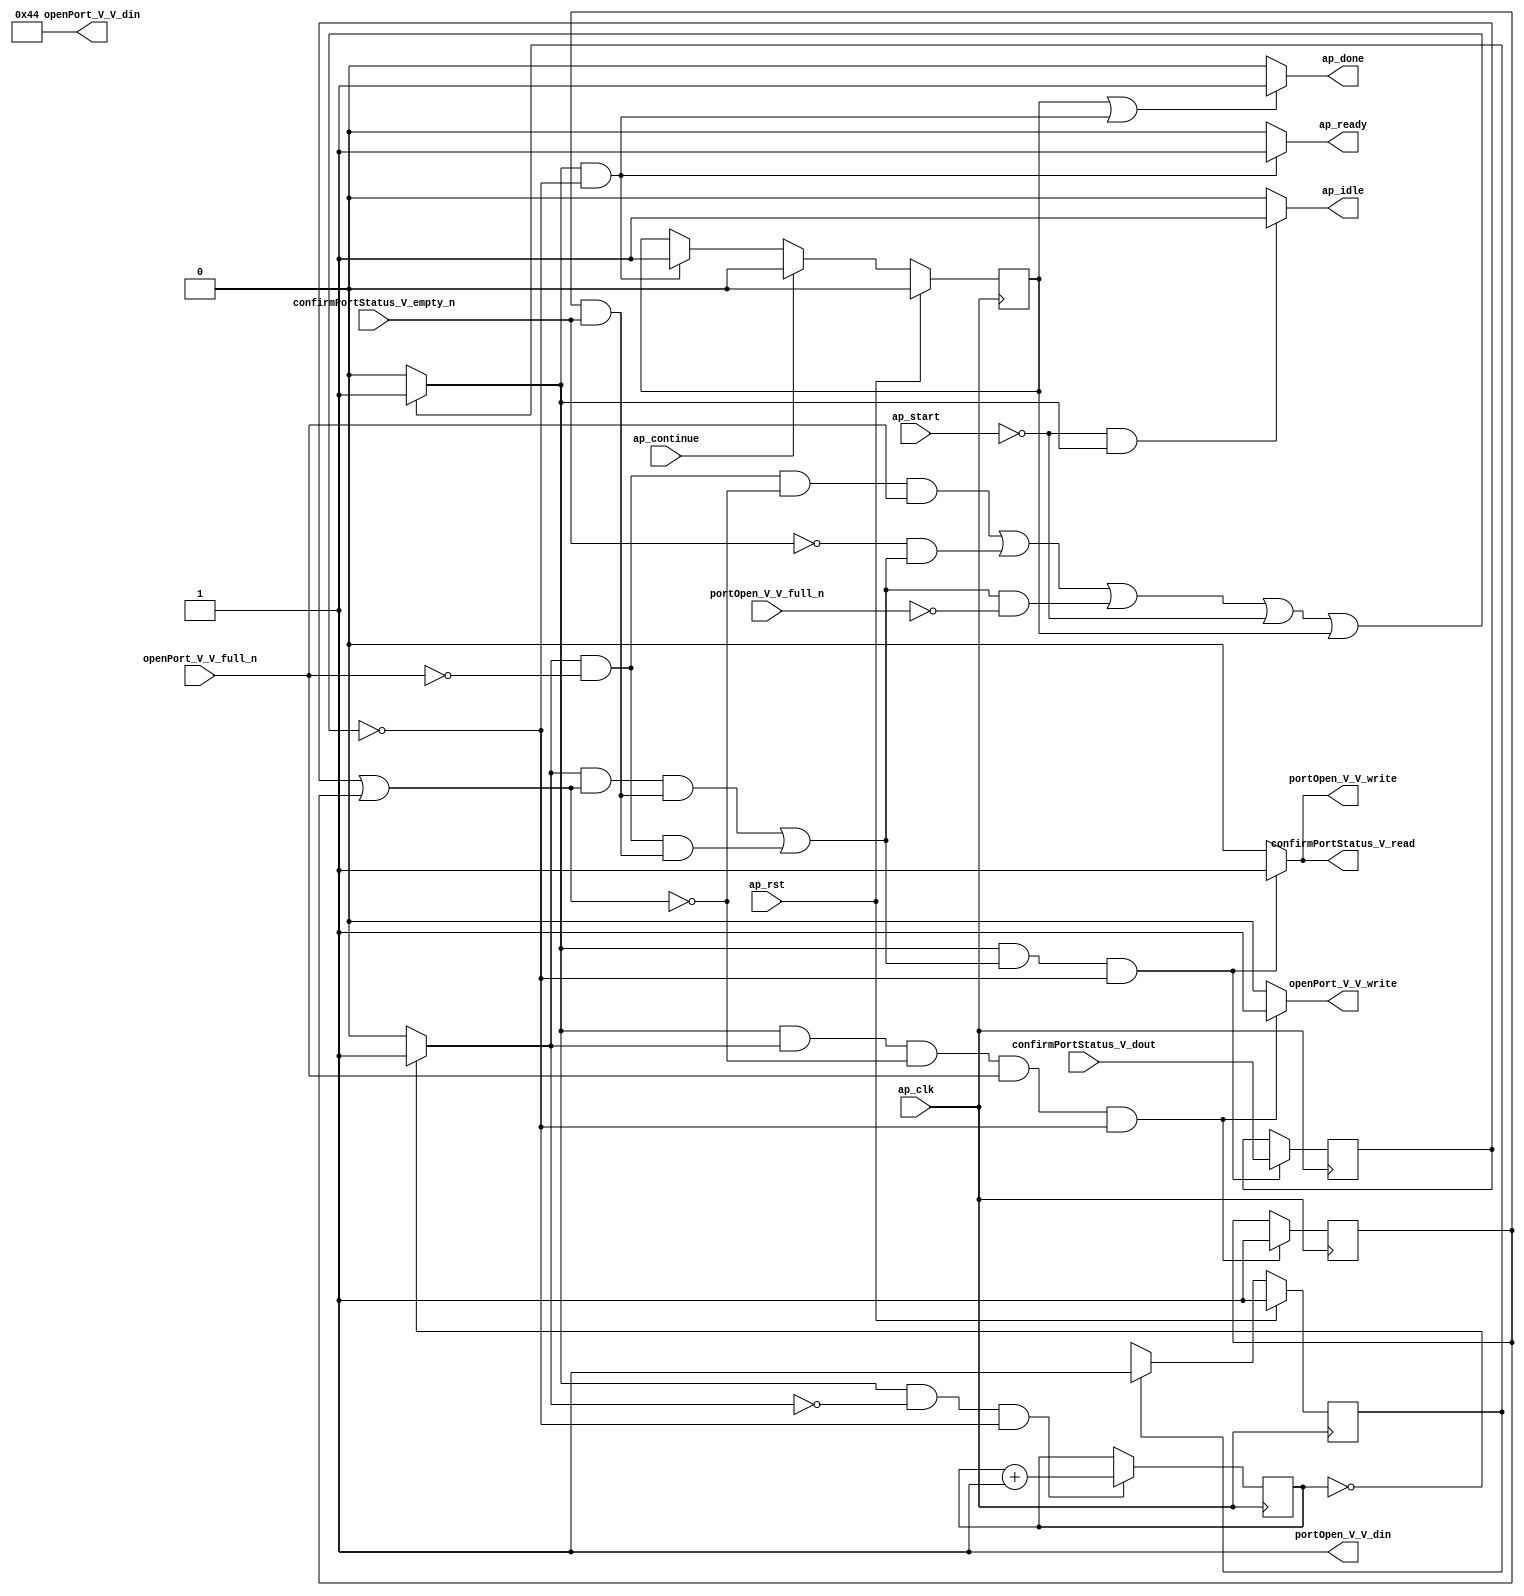
// ==============================================================
// RTL generated by Vivado(TM) HLS - High-Level Synthesis from C, C++ and SystemC
// Version: 2015.1
// Copyright (C) 2015 Xilinx Inc. All rights reserved.
// 
// ===========================================================

`timescale 1 ns / 1 ps 

module dhcp_client_open_dhcp_port (
        ap_clk,
        ap_rst,
        ap_start,
        ap_done,
        ap_continue,
        ap_idle,
        ap_ready,
        openPort_V_V_din,
        openPort_V_V_full_n,
        openPort_V_V_write,
        confirmPortStatus_V_dout,
        confirmPortStatus_V_empty_n,
        confirmPortStatus_V_read,
        portOpen_V_V_din,
        portOpen_V_V_full_n,
        portOpen_V_V_write
);

parameter    ap_const_logic_1 = 1'b1;
parameter    ap_const_logic_0 = 1'b0;
parameter    ap_ST_st1_fsm_0 = 1'b1;
parameter    ap_const_lv32_0 = 32'b00000000000000000000000000000000;
parameter    ap_const_lv1_1 = 1'b1;
parameter    ap_const_lv1_0 = 1'b0;
parameter    ap_const_lv16_44 = 16'b1000100;
parameter    ap_const_lv32_FFFFFFFF = 32'b11111111111111111111111111111111;
parameter    ap_true = 1'b1;

input   ap_clk;
input   ap_rst;
input   ap_start;
output   ap_done;
input   ap_continue;
output   ap_idle;
output   ap_ready;
output  [15:0] openPort_V_V_din;
input   openPort_V_V_full_n;
output   openPort_V_V_write;
input   confirmPortStatus_V_dout;
input   confirmPortStatus_V_empty_n;
output   confirmPortStatus_V_read;
output  [0:0] portOpen_V_V_din;
input   portOpen_V_V_full_n;
output   portOpen_V_V_write;

reg ap_done;
reg ap_idle;
reg ap_ready;
reg openPort_V_V_write;
reg confirmPortStatus_V_read;
reg portOpen_V_V_write;
reg    ap_done_reg = 1'b0;
(* fsm_encoding = "none" *) reg   [0:0] ap_CS_fsm = 1'b1;
reg    ap_sig_cseq_ST_st1_fsm_0;
reg    ap_sig_bdd_20;
reg   [31:0] openPortWaitTime_V = 32'b101100101111111000110000011110;
reg   [0:0] odp_listenDone = 1'b0;
reg   [0:0] odp_waitListenStatus = 1'b0;
wire   [0:0] tmp_2_nbwritereq_fu_58_p3;
wire   [0:0] tmp_fu_101_p2;
wire   [0:0] brmerge_fu_127_p2;
wire   [0:0] brmerge1_demorgan_fu_139_p2;
reg    ap_sig_bdd_76;
wire   [0:0] tmp_4_read_fu_82_p2;
wire   [31:0] tmp_1_fu_107_p2;
wire   [0:0] brmerge1_demorgan_fu_139_p1;
reg   [0:0] ap_NS_fsm;




/// the current state (ap_CS_fsm) of the state machine. ///
always @ (posedge ap_clk)
begin : ap_ret_ap_CS_fsm
    if (ap_rst == 1'b1) begin
        ap_CS_fsm <= ap_ST_st1_fsm_0;
    end else begin
        ap_CS_fsm <= ap_NS_fsm;
    end
end

/// ap_done_reg assign process. ///
always @ (posedge ap_clk)
begin : ap_ret_ap_done_reg
    if (ap_rst == 1'b1) begin
        ap_done_reg <= ap_const_logic_0;
    end else begin
        if ((ap_const_logic_1 == ap_continue)) begin
            ap_done_reg <= ap_const_logic_0;
        end else if (((ap_const_logic_1 == ap_sig_cseq_ST_st1_fsm_0) & ~ap_sig_bdd_76)) begin
            ap_done_reg <= ap_const_logic_1;
        end
    end
end

/// assign process. ///
always @(posedge ap_clk)
begin
    if (((ap_const_logic_1 == ap_sig_cseq_ST_st1_fsm_0) & ((~(ap_const_lv1_0 == tmp_fu_101_p2) & ~(ap_const_lv1_0 == brmerge_fu_127_p2) & ~(ap_const_lv1_0 == brmerge1_demorgan_fu_139_p2)) | (~(ap_const_lv1_0 == tmp_fu_101_p2) & (ap_const_lv1_0 == tmp_2_nbwritereq_fu_58_p3) & ~(ap_const_lv1_0 == brmerge1_demorgan_fu_139_p2))) & ~ap_sig_bdd_76)) begin
        odp_listenDone <= tmp_4_read_fu_82_p2;
    end
end

/// assign process. ///
always @(posedge ap_clk)
begin
    if (((ap_const_logic_1 == ap_sig_cseq_ST_st1_fsm_0) & ~(ap_const_lv1_0 == tmp_fu_101_p2) & (ap_const_lv1_0 == brmerge_fu_127_p2) & ~(ap_const_lv1_0 == tmp_2_nbwritereq_fu_58_p3) & ~ap_sig_bdd_76)) begin
        odp_waitListenStatus <= ap_const_lv1_1;
    end
end

/// assign process. ///
always @(posedge ap_clk)
begin
    if (((ap_const_logic_1 == ap_sig_cseq_ST_st1_fsm_0) & (ap_const_lv1_0 == tmp_fu_101_p2) & ~ap_sig_bdd_76)) begin
        openPortWaitTime_V <= tmp_1_fu_107_p2;
    end
end

/// ap_done assign process. ///
always @ (ap_done_reg or ap_sig_cseq_ST_st1_fsm_0 or ap_sig_bdd_76)
begin
    if (((ap_const_logic_1 == ap_done_reg) | ((ap_const_logic_1 == ap_sig_cseq_ST_st1_fsm_0) & ~ap_sig_bdd_76))) begin
        ap_done = ap_const_logic_1;
    end else begin
        ap_done = ap_const_logic_0;
    end
end

/// ap_idle assign process. ///
always @ (ap_start or ap_sig_cseq_ST_st1_fsm_0)
begin
    if ((~(ap_const_logic_1 == ap_start) & (ap_const_logic_1 == ap_sig_cseq_ST_st1_fsm_0))) begin
        ap_idle = ap_const_logic_1;
    end else begin
        ap_idle = ap_const_logic_0;
    end
end

/// ap_ready assign process. ///
always @ (ap_sig_cseq_ST_st1_fsm_0 or ap_sig_bdd_76)
begin
    if (((ap_const_logic_1 == ap_sig_cseq_ST_st1_fsm_0) & ~ap_sig_bdd_76)) begin
        ap_ready = ap_const_logic_1;
    end else begin
        ap_ready = ap_const_logic_0;
    end
end

/// ap_sig_cseq_ST_st1_fsm_0 assign process. ///
always @ (ap_sig_bdd_20)
begin
    if (ap_sig_bdd_20) begin
        ap_sig_cseq_ST_st1_fsm_0 = ap_const_logic_1;
    end else begin
        ap_sig_cseq_ST_st1_fsm_0 = ap_const_logic_0;
    end
end

/// confirmPortStatus_V_read assign process. ///
always @ (ap_sig_cseq_ST_st1_fsm_0 or tmp_2_nbwritereq_fu_58_p3 or tmp_fu_101_p2 or brmerge_fu_127_p2 or brmerge1_demorgan_fu_139_p2 or ap_sig_bdd_76)
begin
    if (((ap_const_logic_1 == ap_sig_cseq_ST_st1_fsm_0) & ((~(ap_const_lv1_0 == tmp_fu_101_p2) & ~(ap_const_lv1_0 == brmerge_fu_127_p2) & ~(ap_const_lv1_0 == brmerge1_demorgan_fu_139_p2)) | (~(ap_const_lv1_0 == tmp_fu_101_p2) & (ap_const_lv1_0 == tmp_2_nbwritereq_fu_58_p3) & ~(ap_const_lv1_0 == brmerge1_demorgan_fu_139_p2))) & ~ap_sig_bdd_76)) begin
        confirmPortStatus_V_read = ap_const_logic_1;
    end else begin
        confirmPortStatus_V_read = ap_const_logic_0;
    end
end

/// openPort_V_V_write assign process. ///
always @ (ap_sig_cseq_ST_st1_fsm_0 or tmp_2_nbwritereq_fu_58_p3 or tmp_fu_101_p2 or brmerge_fu_127_p2 or ap_sig_bdd_76)
begin
    if (((ap_const_logic_1 == ap_sig_cseq_ST_st1_fsm_0) & ~(ap_const_lv1_0 == tmp_fu_101_p2) & (ap_const_lv1_0 == brmerge_fu_127_p2) & ~(ap_const_lv1_0 == tmp_2_nbwritereq_fu_58_p3) & ~ap_sig_bdd_76)) begin
        openPort_V_V_write = ap_const_logic_1;
    end else begin
        openPort_V_V_write = ap_const_logic_0;
    end
end

/// portOpen_V_V_write assign process. ///
always @ (ap_sig_cseq_ST_st1_fsm_0 or tmp_2_nbwritereq_fu_58_p3 or tmp_fu_101_p2 or brmerge_fu_127_p2 or brmerge1_demorgan_fu_139_p2 or ap_sig_bdd_76)
begin
    if (((ap_const_logic_1 == ap_sig_cseq_ST_st1_fsm_0) & ((~(ap_const_lv1_0 == tmp_fu_101_p2) & ~(ap_const_lv1_0 == brmerge_fu_127_p2) & ~(ap_const_lv1_0 == brmerge1_demorgan_fu_139_p2)) | (~(ap_const_lv1_0 == tmp_fu_101_p2) & (ap_const_lv1_0 == tmp_2_nbwritereq_fu_58_p3) & ~(ap_const_lv1_0 == brmerge1_demorgan_fu_139_p2))) & ~ap_sig_bdd_76)) begin
        portOpen_V_V_write = ap_const_logic_1;
    end else begin
        portOpen_V_V_write = ap_const_logic_0;
    end
end
/// the next state (ap_NS_fsm) of the state machine. ///
always @ (ap_CS_fsm or ap_sig_bdd_76)
begin
    case (ap_CS_fsm)
        ap_ST_st1_fsm_0 : 
        begin
            ap_NS_fsm = ap_ST_st1_fsm_0;
        end
        default : 
        begin
            ap_NS_fsm = 'bx;
        end
    endcase
end


/// ap_sig_bdd_20 assign process. ///
always @ (ap_CS_fsm)
begin
    ap_sig_bdd_20 = (ap_CS_fsm[ap_const_lv32_0] == ap_const_lv1_1);
end

/// ap_sig_bdd_76 assign process. ///
always @ (ap_start or ap_done_reg or openPort_V_V_full_n or confirmPortStatus_V_empty_n or portOpen_V_V_full_n or tmp_2_nbwritereq_fu_58_p3 or tmp_fu_101_p2 or brmerge_fu_127_p2 or brmerge1_demorgan_fu_139_p2)
begin
    ap_sig_bdd_76 = (((openPort_V_V_full_n == ap_const_logic_0) & ~(ap_const_lv1_0 == tmp_fu_101_p2) & (ap_const_lv1_0 == brmerge_fu_127_p2) & ~(ap_const_lv1_0 == tmp_2_nbwritereq_fu_58_p3)) | ((confirmPortStatus_V_empty_n == ap_const_logic_0) & ((~(ap_const_lv1_0 == tmp_fu_101_p2) & ~(ap_const_lv1_0 == brmerge_fu_127_p2) & ~(ap_const_lv1_0 == brmerge1_demorgan_fu_139_p2)) | (~(ap_const_lv1_0 == tmp_fu_101_p2) & (ap_const_lv1_0 == tmp_2_nbwritereq_fu_58_p3) & ~(ap_const_lv1_0 == brmerge1_demorgan_fu_139_p2)))) | (((~(ap_const_lv1_0 == tmp_fu_101_p2) & ~(ap_const_lv1_0 == brmerge_fu_127_p2) & ~(ap_const_lv1_0 == brmerge1_demorgan_fu_139_p2)) | (~(ap_const_lv1_0 == tmp_fu_101_p2) & (ap_const_lv1_0 == tmp_2_nbwritereq_fu_58_p3) & ~(ap_const_lv1_0 == brmerge1_demorgan_fu_139_p2))) & (portOpen_V_V_full_n == ap_const_logic_0)) | (ap_start == ap_const_logic_0) | (ap_done_reg == ap_const_logic_1));
end
assign brmerge1_demorgan_fu_139_p1 = confirmPortStatus_V_empty_n;
assign brmerge1_demorgan_fu_139_p2 = (odp_waitListenStatus & brmerge1_demorgan_fu_139_p1);
assign brmerge_fu_127_p2 = (odp_listenDone | odp_waitListenStatus);
assign openPort_V_V_din = ap_const_lv16_44;
assign portOpen_V_V_din = ap_const_lv1_1;
assign tmp_1_fu_107_p2 = ($signed(openPortWaitTime_V) + $signed(ap_const_lv32_FFFFFFFF));
assign tmp_2_nbwritereq_fu_58_p3 = openPort_V_V_full_n;
assign tmp_4_read_fu_82_p2 = confirmPortStatus_V_dout;
assign tmp_fu_101_p2 = (openPortWaitTime_V == ap_const_lv32_0? 1'b1: 1'b0);


endmodule //dhcp_client_open_dhcp_port